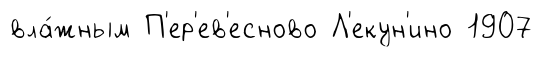
вла́жным П'ер'ев'есново Л'екун'ино 1907